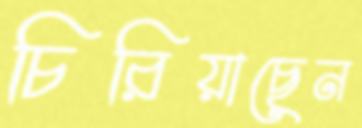
চিরিয়াছেন